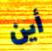
أين